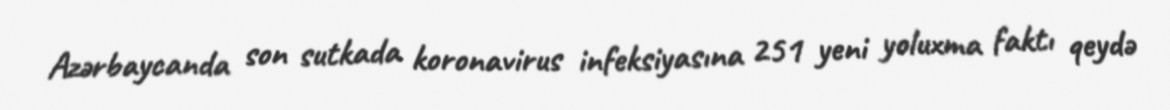
Azərbaycanda son sutkada koronavirus infeksiyasına 251 yeni yoluxma faktı qeydə